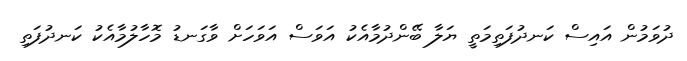
ދުވަމުން އައިސް ކަނދުފަތިމަތީ ޔަލާ ބޭންދުމާއެކު އަވަސް އަވަހަށް ވާގަނޑު މޮހާލުމާއެކު ކަނދުފަތި